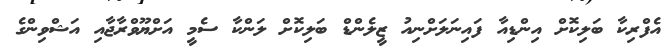
އެފްރިކާ ބަލިކޮށް އިންޑިއާ ފައިނަލަށްނިއު ޒީލެންޑް ބަލިކޮށް ލަންކާ ސެމީ އަށްޔޫވްރާޖާއި އަޝްވިންގެ